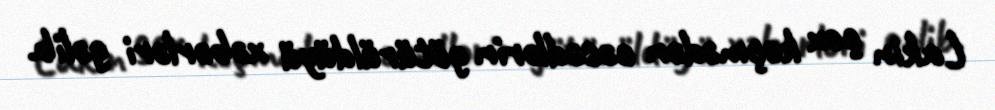
Lakin çox keçmədən cəsədlərin götürüldüyü xəbərləri gəlib.